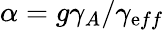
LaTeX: \alpha=g\gamma_{A}/\gamma_{\mathrm{e}ff}